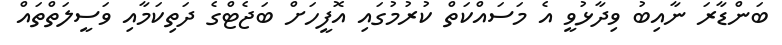
ބަންޑާރަ ނާއިބު ވިދާޅުވީ އެ މަސައްކަތް ކުރުމުގައި އޮފީހަށް ބަޖެޓްގެ ދަތިކަމާއި ވަސީލަތްތައް